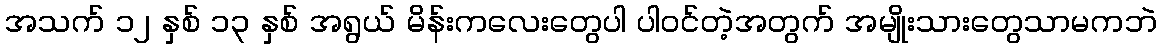
အသက် ၁၂ နှစ် ၁၃ နှစ် အရွယ် မိန်းကလေးတွေပါ ပါဝင်တဲ့အတွက် အမျိုးသားတွေသာမကဘဲ